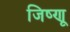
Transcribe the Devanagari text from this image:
जिष्णू